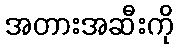
အတားအဆီးကို